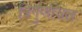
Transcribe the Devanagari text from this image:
त्रिगुणायत